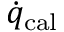
\dot { q } _ { \mathrm { c a l } }